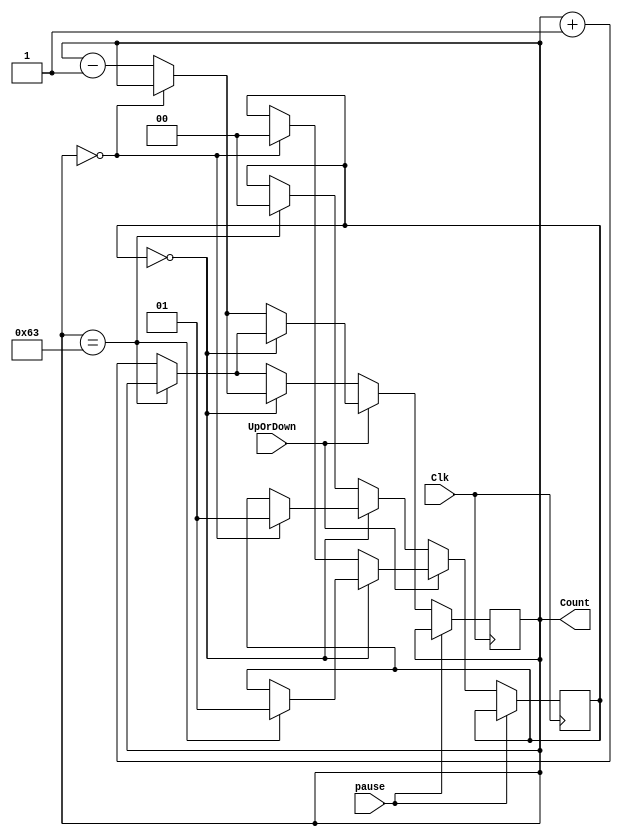
module zero00_99_00
//input ports and their sizes
    (input Clk,UpOrDown,pause,
    //output ports and their size
    output [7 : 0] Count);
    //Internal variables
    reg [7 : 0] Count=0;
	
	
reg [1:0] Direction; // Biến trạng thái xác định hướng đếm (0 - Up, 1 - Down)
always @(posedge Clk)
begin
if (pause)
 Count<=Count;
 else
    if (UpOrDown == 1) begin // Up mode selected
        if (Direction == 0) begin // Nếu đang đếm lên
            if (Count == 99)
                Direction <= 1; // Chuyển sang đếm xuống khi đạt 99
            else
                Count <= Count + 1; // Tăng Count lên
					 end
					 else begin // Nếu đang đếm xuống
            if (Count == 0)
                Direction <= 0; // Chuyển sang đếm lên khi đạt 0
            else
                Count <= Count - 1; // Giảm Count đi
        end
    end
    else begin // Down mode selected
        if (Direction == 0) begin // Nếu đang đếm lên
            if (Count == 0)
                Direction <= 1; // Chuyển sang đếm xuống khi đạt 0
            else
				Count <= Count - 1; // Giảm Count đi
        end
	else begin // Nếu đang đếm xuống
            if (Count == 99)
                Direction <= 0; // Chuyển sang đếm lên khi đạt 99
            else
                Count <= Count + 1; // Tăng Count lên
        end
    end
end	  

endmodule